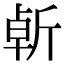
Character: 𣂣